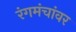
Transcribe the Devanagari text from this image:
रंगमंचांवर